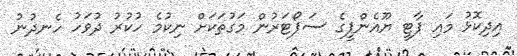
އިދިކޮޅު މައި ޕާޓީ ޔޫއެންޕީގެ ސަޕޯޓަރުން މަގުތަކަށް ނިކުމެ ހުކުރު ދުވަހު ހެނދުނު